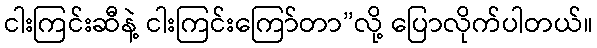
ငါးကြင်းဆီနဲ့ ငါးကြင်းကြော်တာ”လို့ ပြောလိုက်ပါတယ်။